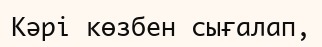
Кәрі көзбен сығалап,